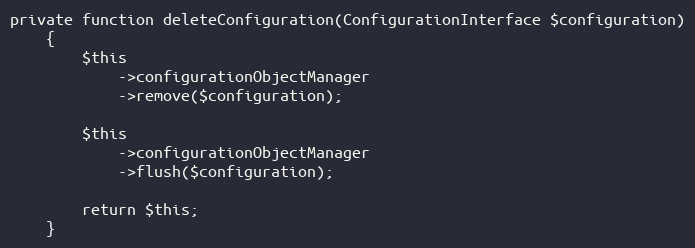
Language: PHP
private function deleteConfiguration(ConfigurationInterface $configuration)
    {
        $this
            ->configurationObjectManager
            ->remove($configuration);

        $this
            ->configurationObjectManager
            ->flush($configuration);

        return $this;
    }